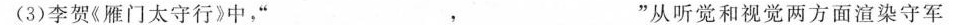
(3)李贺《雁门太守行》中，”___，___”从听觉和视觉两方面渲染守军